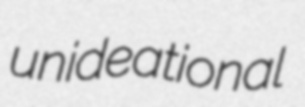
unideational